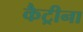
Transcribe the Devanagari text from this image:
कैट्रीना